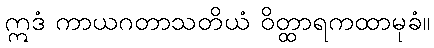
ဣဒံ ကာယဂတာသတိယံ ဝိတ္ထာရကထာမုခံ။